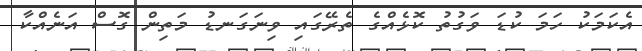
އެކަމަކު ހަމަ ކުޑަ ވަގުތު ކޮޅެއްގެ ތެރޭގައި ވިނަގަނޑު މަތިން ގޮސް އަނެއްކާ